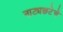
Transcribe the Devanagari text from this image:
नाट्यछटेचे